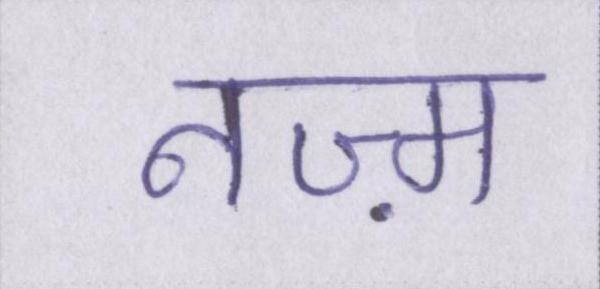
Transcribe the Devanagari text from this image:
नज़्म